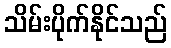
သိမ်းပိုက်နိုင်သည်